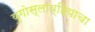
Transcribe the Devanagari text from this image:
युगोस्लाव्हियाचा